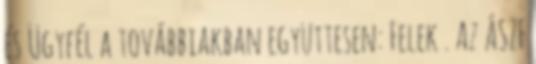
és Ügyfél a továbbiakban együttesen: Felek . Az ÁSZF